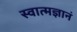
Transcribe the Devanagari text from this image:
स्वात्मज्ञानं